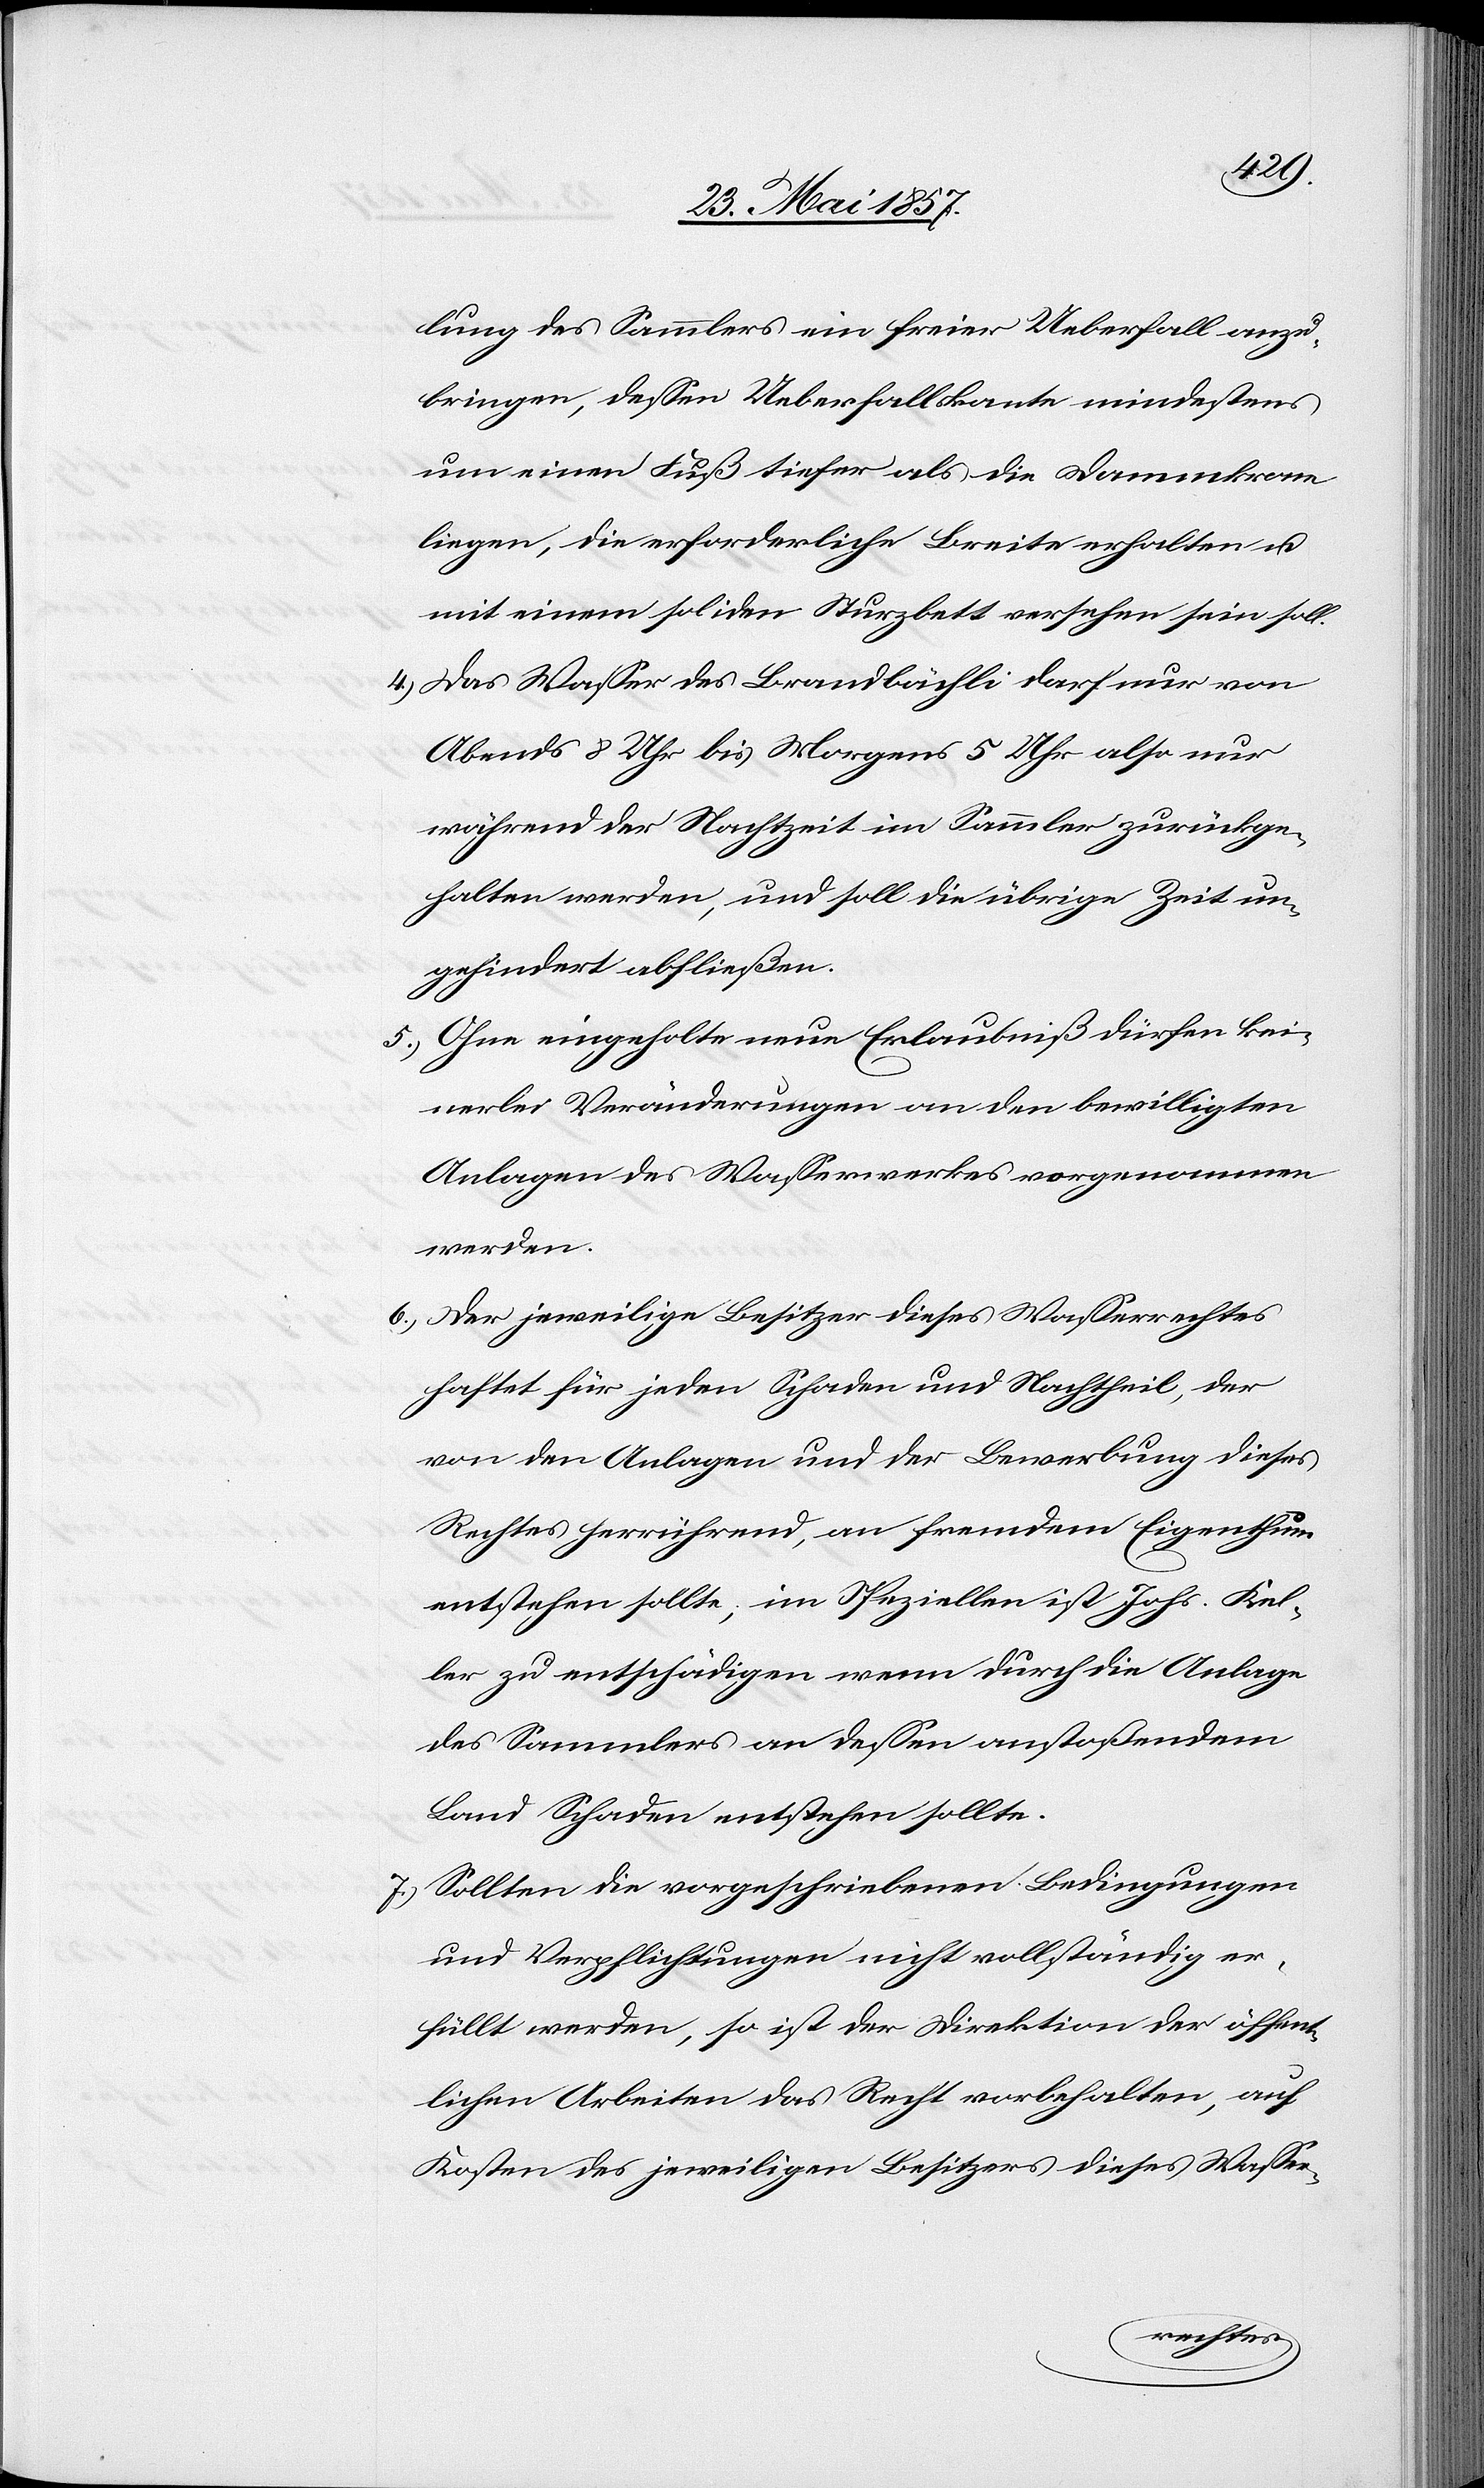
lung des Sammlers ein freier Ueberfall anzu¬
bringen, dessen Ueberfallskante mindestens
um einen Fuß tiefer als die Dammkrone
liegen, die erforderliche Breite erhalten u.
mit einem soliden Sturzbett versehen sein soll.
4.) Das Wasser des Brandbächli darf nur von
Abends 8 Uhr bis Morgens 5 Uhr also nur
während der Nachtzeit im Sammler zurückge¬
halten werden, und soll die übrige Zeit un¬
gehindert abfließen.
5.) Ohne eingeholte Erlaubniß dürfen kei¬
nerlei Veränderungen an den bewilligten
Anlagen des Wasserwerkes vorgenommen
werden.
6.) Der jeweilige Besitzer dieses Wasserrechtes
haftet für jeden Schaden und Nachtheil, der
von den Anlagen und der Bewerbung dieses
Rechtes herrührend, an fremdem Eigenthum
entstehen sollte, im Speziellen ist Johs. Kel¬
ler zu entschädigen wenn durch die Anlage
des Sammlers an dessen anstoßendem
Land Schaden entstehen sollte.
7.) Sollten die vorgeschriebenen Bedingungen
und Verpflichtungen nicht vollständig er¬
füllt werden, so ist der Direktion der öffent¬
lichen Arbeiten das Recht vorbehalten, auf
Kosten des jeweiligen Besitzers dieses Wasser-